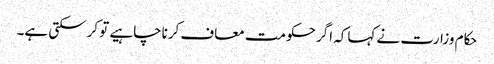
حکام وزارت نے کہاکہ اگر حکومت معاف کرناچاہیے تو کرسکتی ہے۔